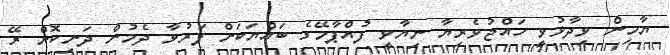
ޔާމިން ވިދާޅުވީ ހައްޖުވެރިޔާ ނިޔާވީ ފުއްޕާމޭގެ ބައްޔަކަށް ފަރުވާ ދެމުން ދަނިކޮށް ރޭ